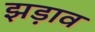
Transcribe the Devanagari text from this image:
झड़ाव